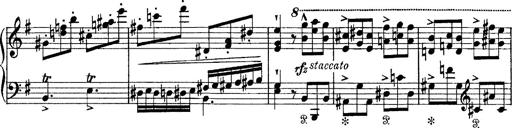
Title: Tarantelle di bravura dâ€™aprÃ¨s la tarantelle de La muette de Portici
Composer: Franz Liszt